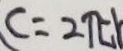
C = 2 \pi r